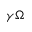
\gamma \Omega